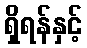
ရှိရန်နှင့်